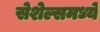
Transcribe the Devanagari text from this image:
सेशेल्समध्ये